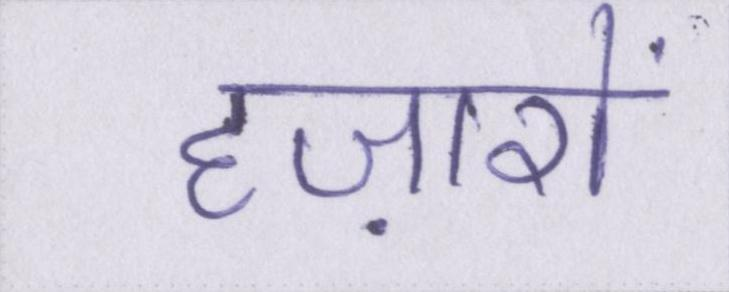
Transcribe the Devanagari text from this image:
हज़ारों